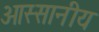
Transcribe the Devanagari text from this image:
ओस्सानीय